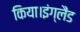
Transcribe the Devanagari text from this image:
किया।इंग्लैंड